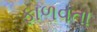
ફાળવતા